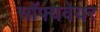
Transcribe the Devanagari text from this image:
सॉफ्यवेयर